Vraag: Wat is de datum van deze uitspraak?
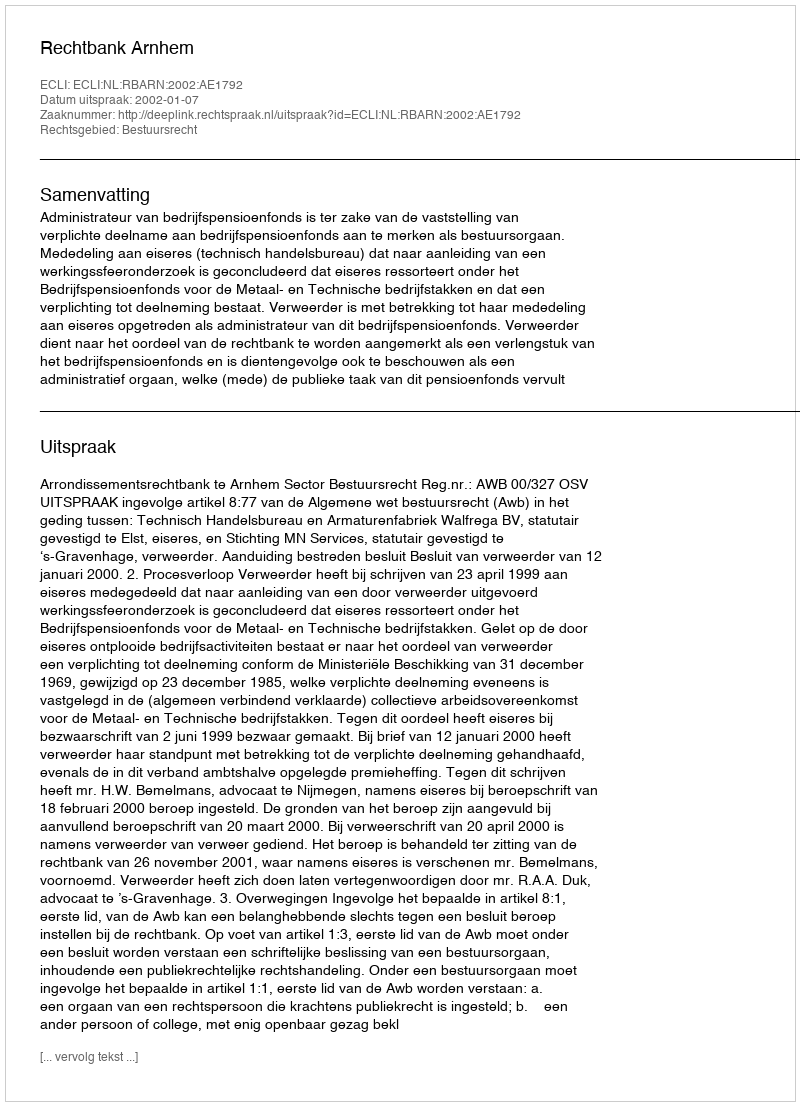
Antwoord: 2002-01-07